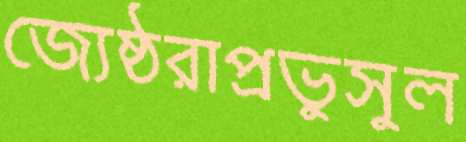
জ্যেষ্ঠরাপ্রভুসুল